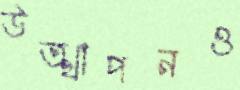
উত্থাপনও